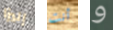
إليزا أنت و